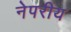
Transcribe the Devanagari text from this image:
नेपरीय